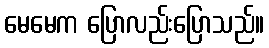
မေမေက ပြောလည်းပြောသည်။